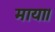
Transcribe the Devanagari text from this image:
माया।